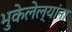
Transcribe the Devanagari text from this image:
भुकेलेल्यांना